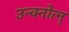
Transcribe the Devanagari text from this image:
उन्क्नोत्न्